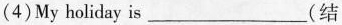
(4)My holiday is___(结